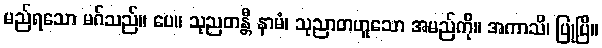
မည်ရသော မဂ်သည်။ ပေ။ သုညတန္တီ နာမံ၊ သုညာတဟူသော အမည်ကို။ အကာသိ၊ ပြုပြီ။